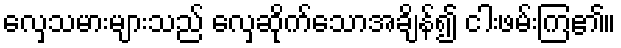
လှေသမားများသည် လှေဆိုက်သောအချိန်၍ ငါးဖမ်းကြ၏။